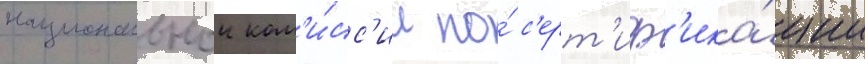
национальнои ком'и́сс'ии по́ с'ерт'иф'ика́ции